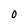
Character: O